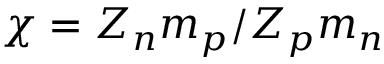
\chi = Z _ { n } m _ { p } / Z _ { p } m _ { n }